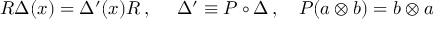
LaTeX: { \cal R } \Delta ( x ) = \Delta ^ { \prime } ( x ) { \cal R } \, , \ \ \ \ \Delta ^ { \prime } \equiv P \circ \Delta \, , \ \ \ P ( a \otimes b ) = b \otimes a